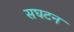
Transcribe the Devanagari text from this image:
सघटन